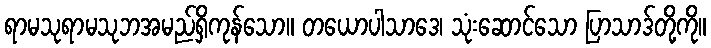
ရာမသုရာမသုဘအမည်ရှိကုန်သော။ တယောပါသာဒေ၊ သုံးဆောင်သော ပြာသာဒ်တို့ကို။